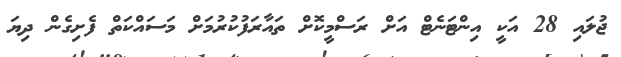
ޖުލައި 28 އަކީ އިންޓަނެޓް އަށް ރަސްމީކޮށް ތައާރަފުކުރުމަށް މަސައްކަތް ފެށިގެން ދިޔަ